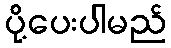
ပို့ပေးပါမည်